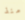
منذ